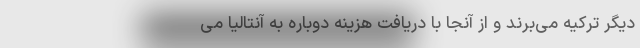
دیگر ترکیه می‌برند و از آنجا با دریافت هزینه دوباره به آنتالیا می